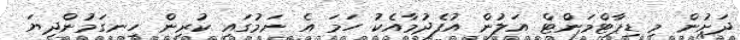
ދަށުން މި ޑިޕާޓްމަންޓް އަލުން އުފެދުމާއެކު ހަމަ އެ ނަމުގައި ކުރިން ހިނގަމުންދިޔަ